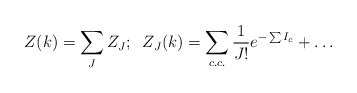
\begin{align*}Z(k)=\sum_JZ_J;\;\;Z_J(k)= \sum_{c.c.}\frac{1}{J!}e^{-\sum I_c}+\dots\end{align*}